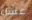
عشاء